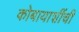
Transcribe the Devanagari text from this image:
कोबायाशींची